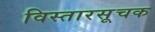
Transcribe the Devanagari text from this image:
विस्तारसूचक